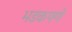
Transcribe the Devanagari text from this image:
भडकपणे